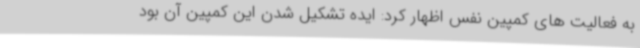
به فعالیت های کمپین نفس اظهار کرد: ایده تشکیل شدن این کمپین آن بود